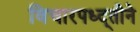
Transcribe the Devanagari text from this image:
विचारपध्द्तीने